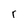
Character: r